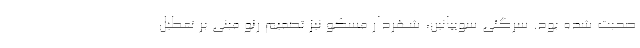
صحبت شده بود. سرگئی سوبیانین، شهردار مسکو نیز تصمیم رنو مبنی بر تعطیل